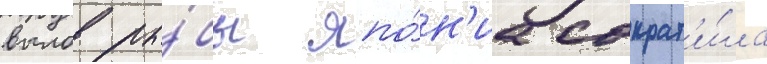
вылов ры́бы япо́н'иа сократ'и́ла